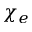
\chi _ { e }